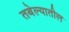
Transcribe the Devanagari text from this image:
तबेल्यातील